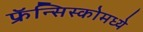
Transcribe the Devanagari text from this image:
फ्रॅन्सिस्कोमध्ये